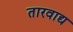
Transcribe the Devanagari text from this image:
तारवाद्य